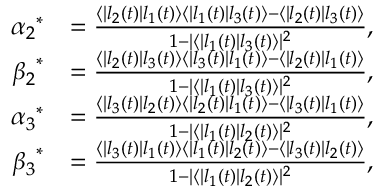
\begin{array} { r l } { { \alpha _ { 2 } } ^ { \ast } } & { = \frac { \langle | l _ { 2 } ( t ) | l _ { 1 } ( t ) \rangle \langle | l _ { 1 } ( t ) | l _ { 3 } ( t ) \rangle - \langle | l _ { 2 } ( t ) | l _ { 3 } ( t ) \rangle } { 1 - | \langle | l _ { 1 } ( t ) | l _ { 3 } ( t ) \rangle | ^ { 2 } } , } \\ { { \beta _ { 2 } } ^ { \ast } } & { = \frac { \langle | l _ { 2 } ( t ) | l _ { 3 } ( t ) \rangle \langle | l _ { 3 } ( t ) | l _ { 1 } ( t ) \rangle - \langle | l _ { 2 } ( t ) | l _ { 1 } ( t ) \rangle } { 1 - | \langle | l _ { 1 } ( t ) | l _ { 3 } ( t ) \rangle | ^ { 2 } } , } \\ { { \alpha _ { 3 } } ^ { \ast } } & { = \frac { \langle | l _ { 3 } ( t ) | l _ { 2 } ( t ) \rangle \langle | l _ { 2 } ( t ) | l _ { 1 } ( t ) \rangle - \langle | l _ { 3 } ( t ) | l _ { 1 } ( t ) \rangle } { 1 - | \langle | l _ { 1 } ( t ) | l _ { 2 } ( t ) \rangle | ^ { 2 } } , } \\ { { \beta _ { 3 } } ^ { \ast } } & { = \frac { \langle | l _ { 3 } ( t ) | l _ { 1 } ( t ) \rangle \langle | l _ { 1 } ( t ) | l _ { 2 } ( t ) \rangle - \langle | l _ { 3 } ( t ) | l _ { 2 } ( t ) \rangle } { 1 - | \langle | l _ { 1 } ( t ) | l _ { 2 } ( t ) \rangle | ^ { 2 } } , } \end{array}